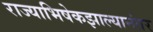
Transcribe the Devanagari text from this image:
राज्याभिषेकझाल्यानंतर